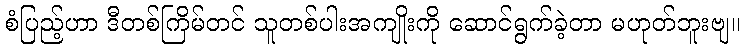
စံပြည့်ဟာ ဒီတစ်ကြိမ်တင် သူတစ်ပါးအကျိုးကို ဆောင်ရွက်ခဲ့တာ မဟုတ်ဘူးဗျ။